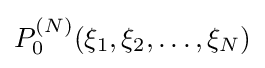
P_{0}^{(N)}(\xi _{1},\xi _{2},\dots ,\xi _{N})